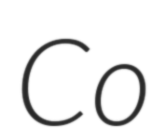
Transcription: Co